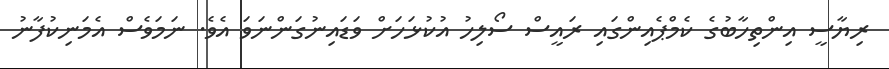
ރިޔާސީ އިންތިހާބުގެ ކެމްޕެއިންގައި ރައީސް ސޯލިހު އުކުޅަހަށް ވަޑައިނުގަންނަވަ އެވެ. ނަމަވެސް އެމަނިކުފާނު